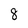
Character: 8